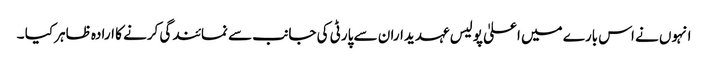
انہوں نے اس بارے میں اعلیٰ پولیس عہدیداران سے پارٹی کی جانب سے نمائندگی کرنے کا ارادہ ظاہر کیا ۔